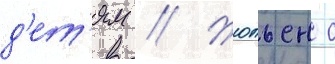
д'е́т'ям // Жюльен с